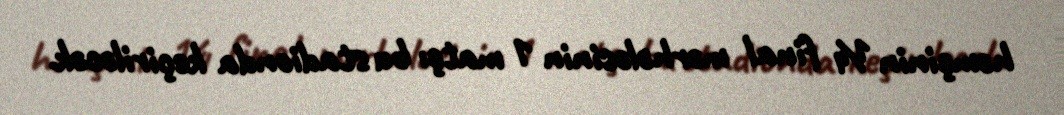
həmçinin ¼ final mərhələsinin 1 matçı bu stadionda keçiriləcək.